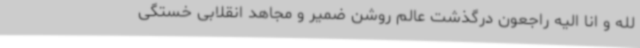
لله و انا الیه راجعون درگذشت عالم روشن ضمیر و مجاهد انقلابی خستگی